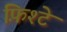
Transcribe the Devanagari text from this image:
फ़िश्टे